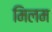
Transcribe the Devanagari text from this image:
मिलम